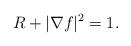
LaTeX: \begin{align*} R+|\nabla f|^2=1. \end{align*}